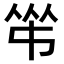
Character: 𠁮